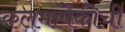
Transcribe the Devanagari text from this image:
कलमांपैकीची